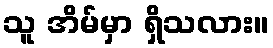
သူ အိမ်မှာ ရှိသလား။